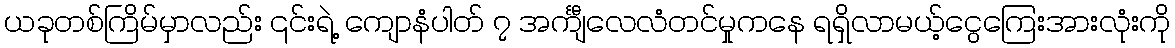
ယခုတစ်ကြိမ်မှာလည်း ၎င်းရဲ့ ကျောနံပါတ် ၇ အင်္ကျီလေလံတင်မှုကနေ ရရှိလာမယ့်ငွေကြေးအားလုံးကို